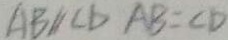
A B / / C D A B = C D